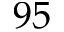
9 5